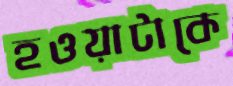
হওয়াটাকে